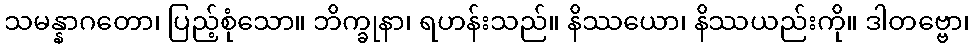
သမန္နာဂတော၊ ပြည့်စုံသော။ ဘိက္ခုနာ၊ ရဟန်းသည်။ နိဿယော၊ နိဿယည်းကို။ ဒါတဗ္ဗော၊